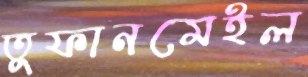
তুফানমেইল